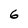
Character: 6